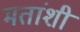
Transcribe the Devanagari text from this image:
मतांशी